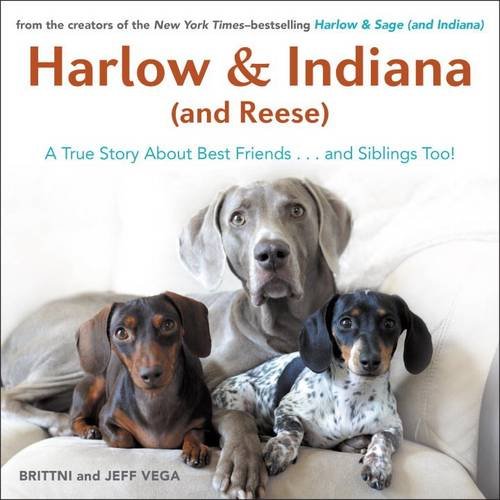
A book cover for Harlow & Indiana (and Reese): A True Story About Best Friends...and Siblings Too!; Brittni Vega; Humor & Entertainment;